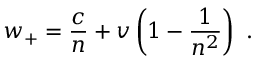
w _ { + } = { \frac { c } { n } } + v \left( 1 - { \frac { 1 } { n ^ { 2 } } } \right) \ .